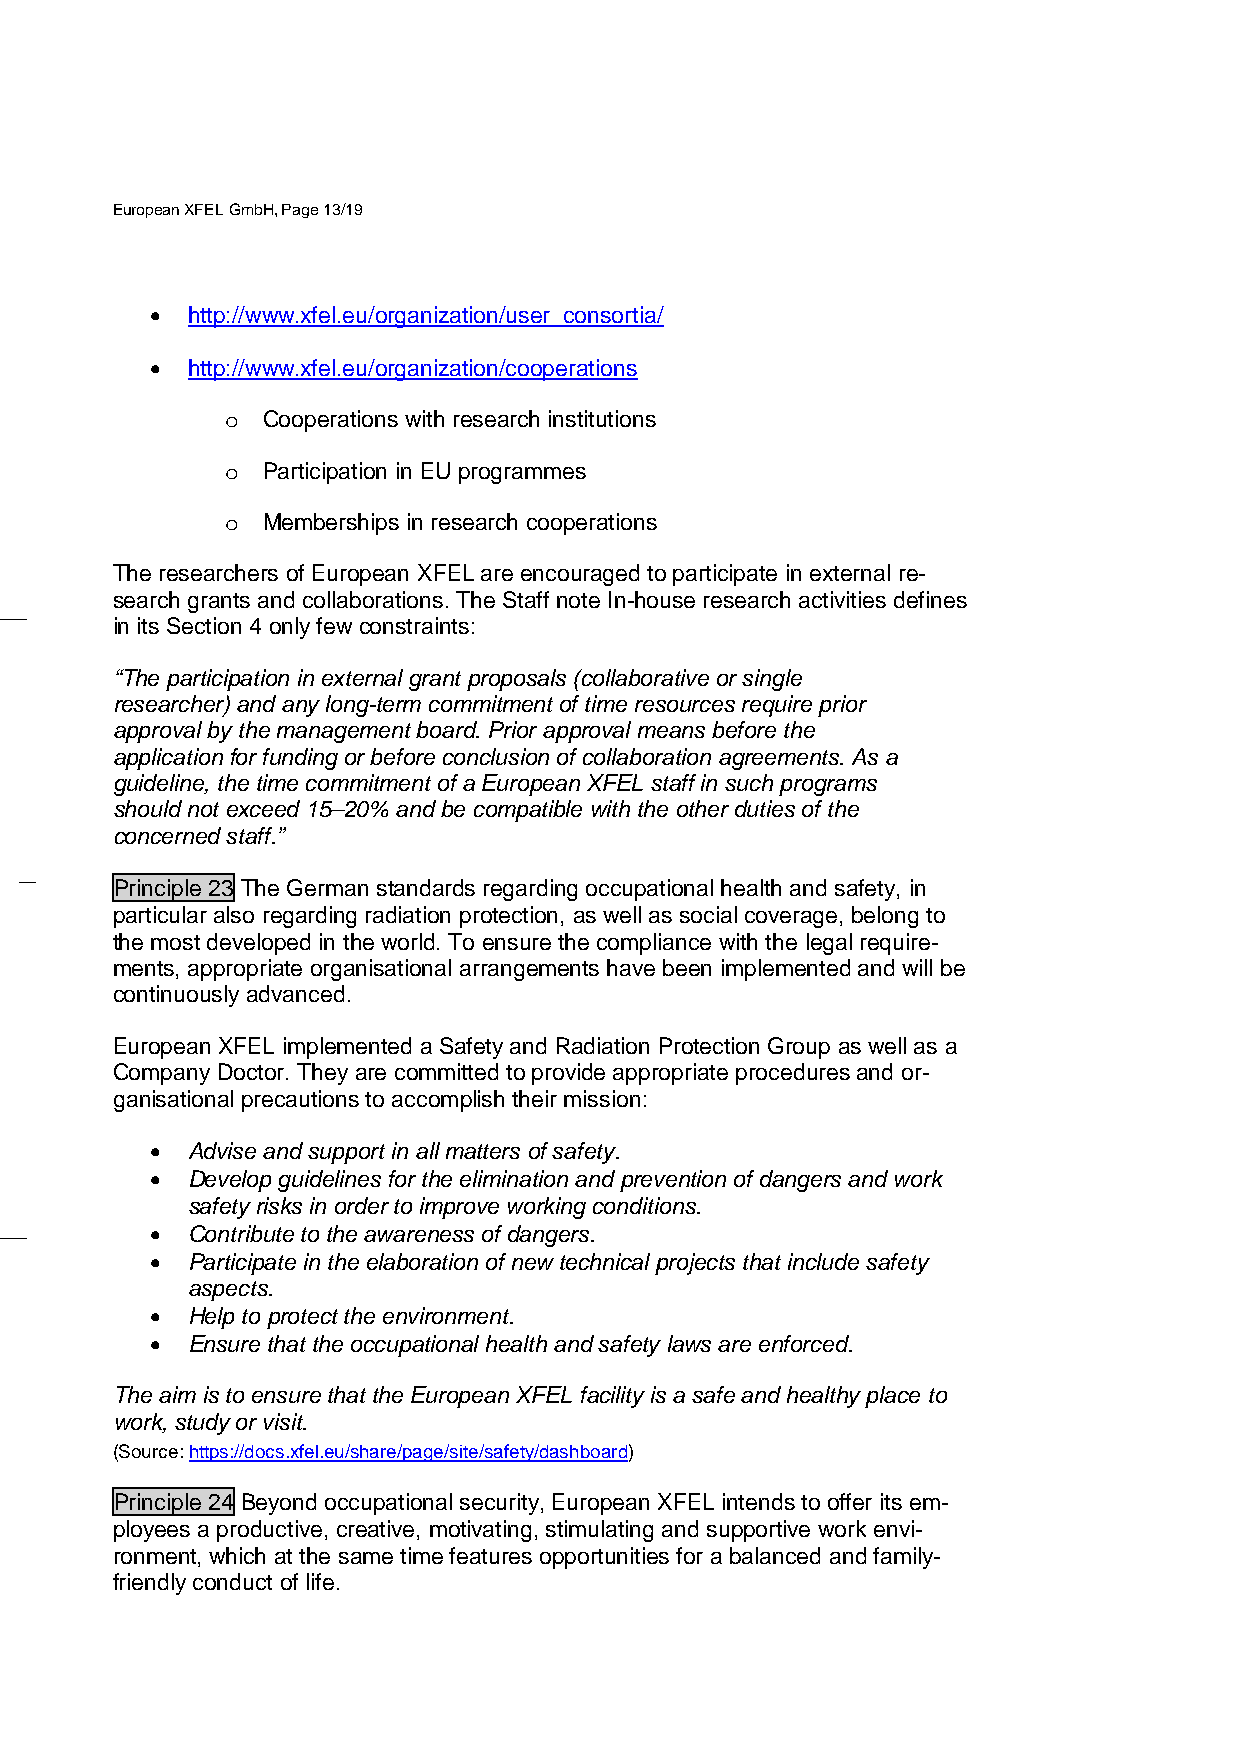
European XFEL GmbH, Page 13/19
 • http://www.xfel.eu/organization/user_consortia/
 • http://www.xfel.eu/organization/cooperations
 Cooperations with research institutions
 o
 Participation in EU programmes
 o
 Memberships in research cooperations
 o
 The researchers of European XFEL are encouraged to participate in external re-
 search grants and collaborations. The Staff note In-house research activities defines
 in its Section 4 only few constraints:
 “The participation in external grant proposals (collaborative or single
 researcher) and any long-term commitment of time resources require prior
 approval by the management board. Prior approval means before the
 application for funding or before conclusion of collaboration agreements. As a
 guideline, the time commitment of a European XFEL staff in such programs
 should not exceed 15–20% and be compatible with the other duties of the
 concerned staff.”
 Principle 23 The German standards regarding occupational health and safety, in
 particular also regarding radiation protection, as well as social coverage, belong to
 the most developed in the world. To ensure the compliance with the legal require-
 ments, appropriate organisational arrangements have been implemented and will be
 continuously advanced.
 European XFEL implemented a Safety and Radiation Protection Group as well as a
 Company Doctor. They are committed to provide appropriate procedures and or-
 ganisational precautions to accomplish their mission:
 • Advise and support in all matters of safety.
 • Develop guidelines for the elimination and prevention of dangers and work
 safety risks in order to improve working conditions.
 • Contribute to the awareness of dangers.
 • Participate in the elaboration of new technical projects that include safety
 aspects.
 • Help to protect the environment.
 • Ensure that the occupational health and safety laws are enforced.
 The aim is to ensure that the European XFEL facility is a safe and healthy place to
 work, study or visit.
 (Source: https://docs.xfel.eu/share/page/site/safety/dashboard)
 Principle 24 Beyond occupational security, European XFEL intends to offer its em-
 ployees a productive, creative, motivating, stimulating and supportive work envi-
 ronment, which at the same time features opportunities for a balanced and family-
 friendly conduct of life.